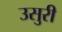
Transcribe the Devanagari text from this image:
उसुरी